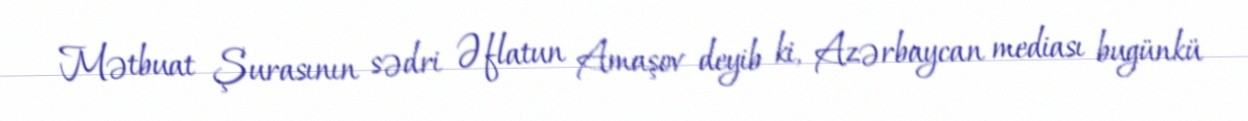
Mətbuat Şurasının sədri Əflatun Amaşov deyib ki, Azərbaycan mediası bugünkü